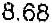
8.68